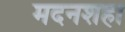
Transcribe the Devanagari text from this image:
मदनशहा